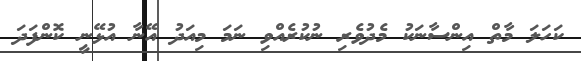
ކަހަލަ މާތް އިންސާނަކު މެދުވެރި ނުކުރެއްވި ނަމަ މިއަދު އޭނާ އުޅޭނީ ކޮންފަދަ